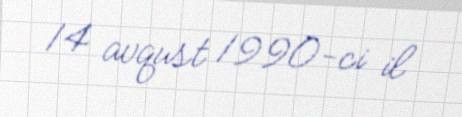
14 avqust 1990-ci il